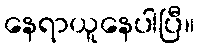
နေရာယူနေပါပြီ။